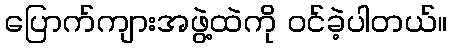
ပြောက်ကျားအဖွဲ့ထဲကို ဝင်ခဲ့ပါတယ်။